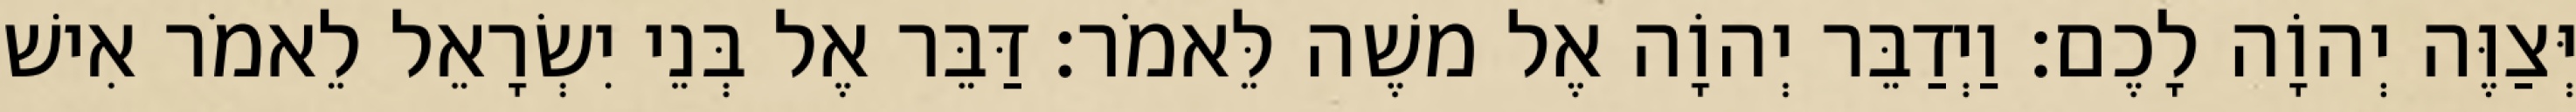
יְּצַוֶּה יְהוָֹה לָכֶם׃ וַיְדַבֵּר יְהוָֹה אֶל משֶׁה לֵּאמֹר׃ דַּבֵּר אֶל בְּנֵי יִשְׂרָאֵל לֵאמֹר אִישׁ